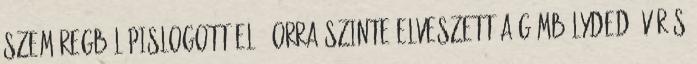
szemüregből pislogott elő, orra szinte elveszett a gömbölyded, vörös